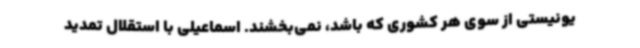
یونیستی از سوی هر کشوری که باشد، نمی‌بخشند. اسماعیلی با استقلال تمدید